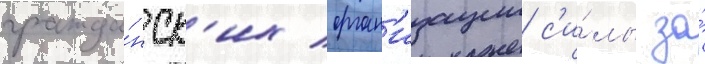
гражда́нск'их орган'изации с'и́лы за́